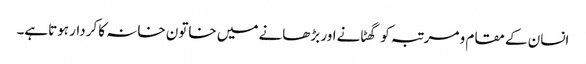
انسان کے مقام و مرتبہ کو گھٹانےاور بڑھانے میں خاتون خانہ کا کردار ہوتاہے۔